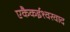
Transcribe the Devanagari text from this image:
एकैकईश्‍वरवाद